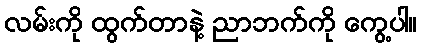
လမ်းကို ထွက်တာနဲ့ ညာဘက်ကို ကွေ့ပါ။